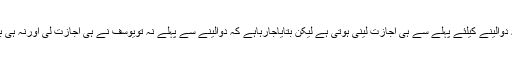
کسی بھی کھلاڑی کویہ دوالینے کیلئے پہلے سے ہی اجازت لینی ہوتی ہے لیکن بتایاجارہاہے کہ دوالینے سے پہلے نہ تویوسف نے ہی اجازت لی اورنہ ہی بڑودہ ٹیم کے ڈاکٹر نے۔